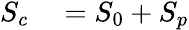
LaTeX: \begin{array}{rl}{S_{c}}&{{}=S_{0}+S_{p}}\end{array}